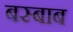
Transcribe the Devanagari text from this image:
बस्बाब